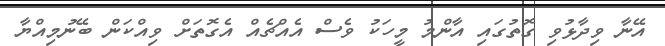
އޭނާ ވިދާޅުވި ގޮތުގައި އާންމު މީހަކު ވެސް އެއްޗެއް އެގޮތަށް ވިއްކަން ބޭނުމިއްޔާ